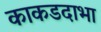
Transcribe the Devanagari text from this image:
काकडदाभा